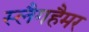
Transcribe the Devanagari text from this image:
स्लैगहैमर